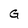
Character: G